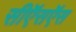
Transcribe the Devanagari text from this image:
सीऍसऍस